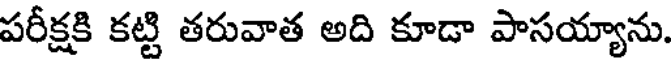
పరీక్షకి కట్టి తరువాత అది కూడా పాసయ్యాను.